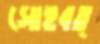
সোহবত্